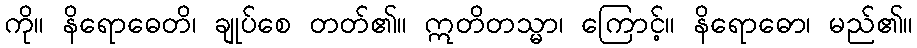
ကို။ နိရောဓေတိ၊ ချုပ်စေ တတ်၏။ ဣတိတသ္မာ၊ ကြောင့်။ နိရောဓော၊ မည်၏။